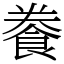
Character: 餋